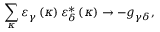
\sum _ { \kappa } \varepsilon _ { \gamma } \left( \kappa \right) \varepsilon _ { \delta } ^ { * } \left( \kappa \right) \rightarrow - g _ { \gamma \delta } ,